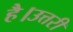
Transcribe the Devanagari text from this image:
है।उत्तरी